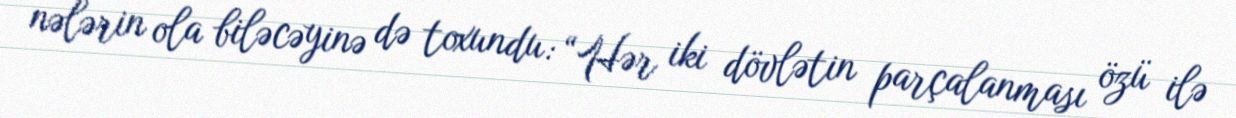
nələrin ola biləcəyinə də toxundu: “Hər iki dövlətin parçalanması özü ilə